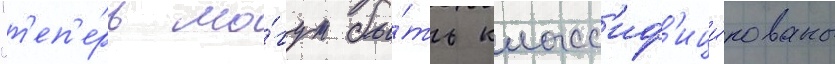
"т'еп'е́рь мо́гут бы́ть класс'иф'ици́рованы